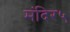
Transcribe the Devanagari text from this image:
मंदिर५